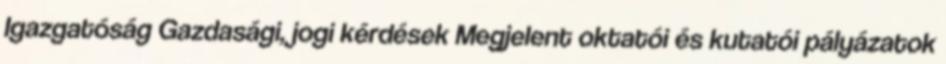
Igazgatóság Gazdasági, jogi kérdések Megjelent oktatói és kutatói pályázatok